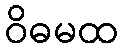
ဝိဓမထ